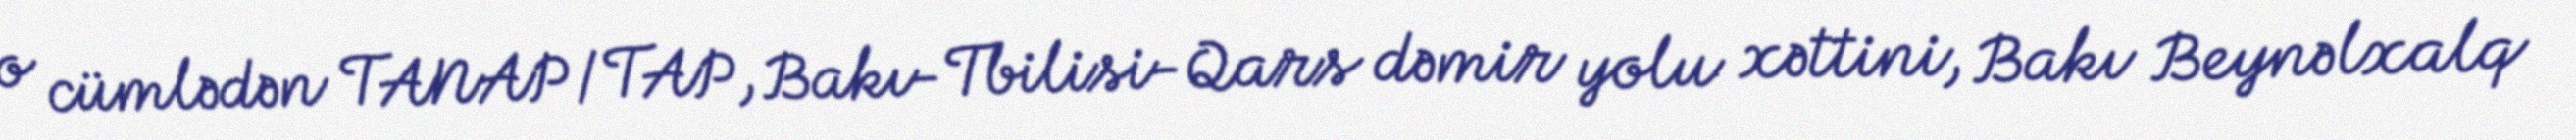
o cümlədən TANAP/TAP, Bakı-Tbilisi-Qars dəmir yolu xəttini, Bakı Beynəlxalq